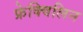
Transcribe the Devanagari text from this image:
फ्रेक्विलिन